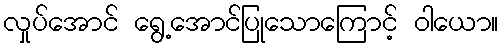
လှုပ်အောင် ရွေ့အောင်ပြုသောကြောင့် ဝါယော။